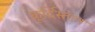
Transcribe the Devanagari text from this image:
कूर्दिस्तान